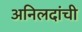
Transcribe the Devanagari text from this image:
अनिलदांची